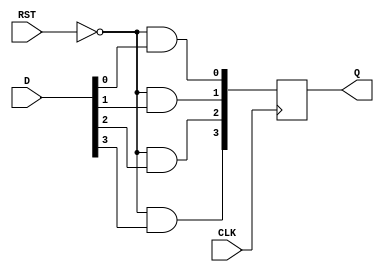
module D_REG_4BIT (input wire CLK, RST, 
                   input wire [3:0] D, 
                   output reg [3:0] Q); 
  wire NEXT_Q[3:0]; 
  assign NEXT_Q[0] = ~RST & D[0]; 
  assign NEXT_Q[1] = ~RST & D[1]; 
  assign NEXT_Q[2] = ~RST & D[2]; 
  assign NEXT_Q[3] = ~RST & D[3]; 
  
  always @ (posedge CLK) 
    begin 
      Q[0] <= NEXT_Q[0]; 
      Q[1] <= NEXT_Q[1]; 
      Q[2] <= NEXT_Q[2]; 
      Q[3] <= NEXT_Q[3]; 
    end 
endmodule